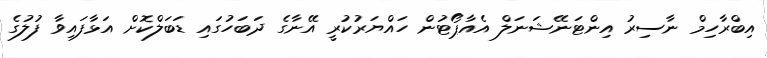
އިބްރާހިމް ނާސިރު އިންޓަނޭޝަނަލް އެއާޕޯޓުން ހައްޔަރުކުރީ އޭނާގެ ދަބަހުގައި ޑަބަލްކޮށް އަޅާފައިވާ ފުލުގެ